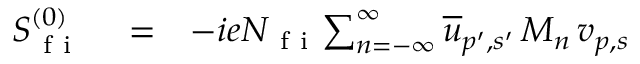
\begin{array} { r l r } { S _ { \mathrm { ~ f ~ i ~ } } ^ { ( 0 ) } } & { { } = } & { - i e N _ { \mathrm { ~ f ~ i ~ } } \! \sum _ { n = - \infty } ^ { \infty } \overline { { u } } _ { p ^ { \prime } , s ^ { \prime } } \, M _ { n } \, v _ { p , s } } \end{array}